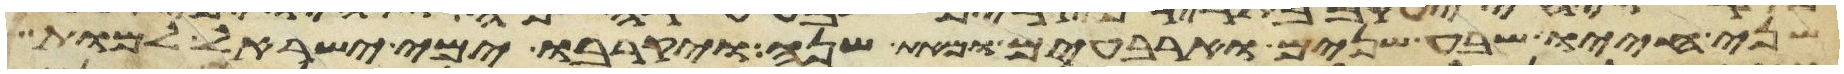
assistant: שני חייו שבע שנים וארבעים ומאת שנה ויקרבו ימי ישראל למות